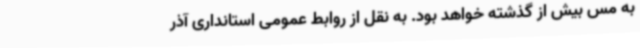
به مس بیش از گذشته خواهد بود. به نقل از روابط عمومی استانداری آذر